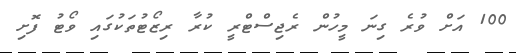
100 އަށް ވުރެ ގިނަ މީހުން ރެޖިސްޓްރީ ކުރާ ރިޒޯޓުތަކުގައި ވޯޓު ފޮށި